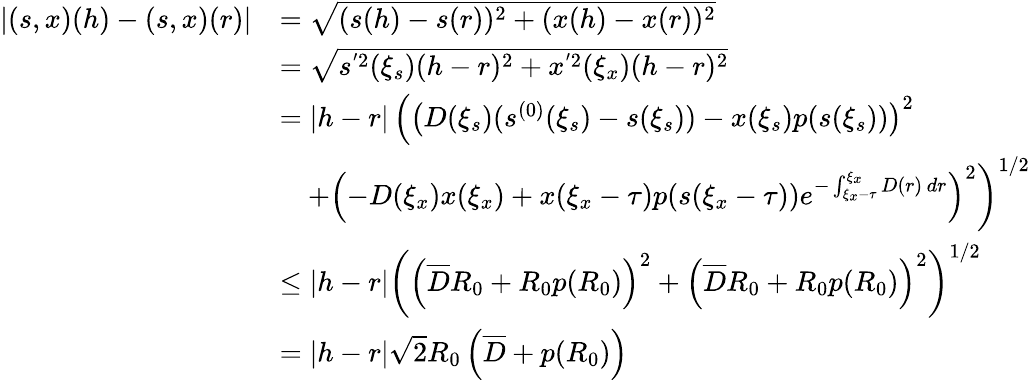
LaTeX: \begin{array}{rl}{|(s,x)(h)-(s,x)(r)|}&{=\sqrt{(s(h)-s(r))^{2}+(x(h)-x(r))^{2}}}\\ &{=\sqrt{s^{'2}(\xi_{s})(h-r)^{2}+x^{'2}(\xi_{x})(h-r)^{2}}}\\ &{=|h-r|\left(\left(D(\xi_{s})(s^{(0)}(\xi_{s})-s(\xi_{s}))-x(\xi_{s})p(s(\xi_{s}))\right)^{2}\right.}\\ &{\quad\left.+\left(-D(\xi_{x})x(\xi_{x})+x(\xi_{x}-\tau)p(s(\xi_{x}-\tau))e^{-\int_{\xi_{x}-\tau}^{\xi_{x}}D(r)\, dr}\right)^{2}\right)^{1/2}}\\ &{\leq|h-r|\left(\left(\overline{D}R_{0}+R_{0}p(R_{0})\right)^{2}+\left(\overline{D}R_{0}+R_{0}p(R_{0})\right)^{2}\right)^{1/2}}\\ &{=|h-r|\sqrt{2}R_{0}\left(\overline{D}+p(R_{0})\right)}\end{array}